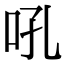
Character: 吼